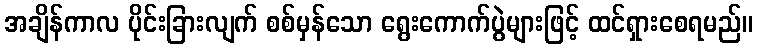
အချိန်ကာလ ပိုင်းခြားလျက် စစ်မှန်သော ရွေးကောက်ပွဲများဖြင့် ထင်ရှားစေရမည်။